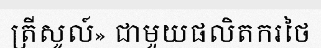
ត្រីសូល៍» ជាមួយផលិតករថៃ